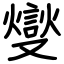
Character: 燮